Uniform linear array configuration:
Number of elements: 32
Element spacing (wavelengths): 0.75
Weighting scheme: exponential
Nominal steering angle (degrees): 45
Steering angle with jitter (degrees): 46.163
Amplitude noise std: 0.05
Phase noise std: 0.05

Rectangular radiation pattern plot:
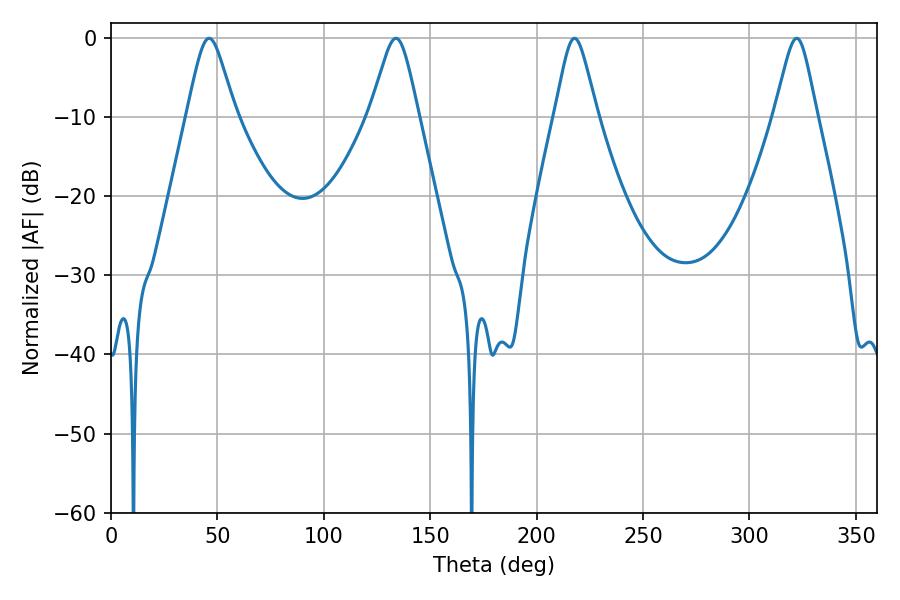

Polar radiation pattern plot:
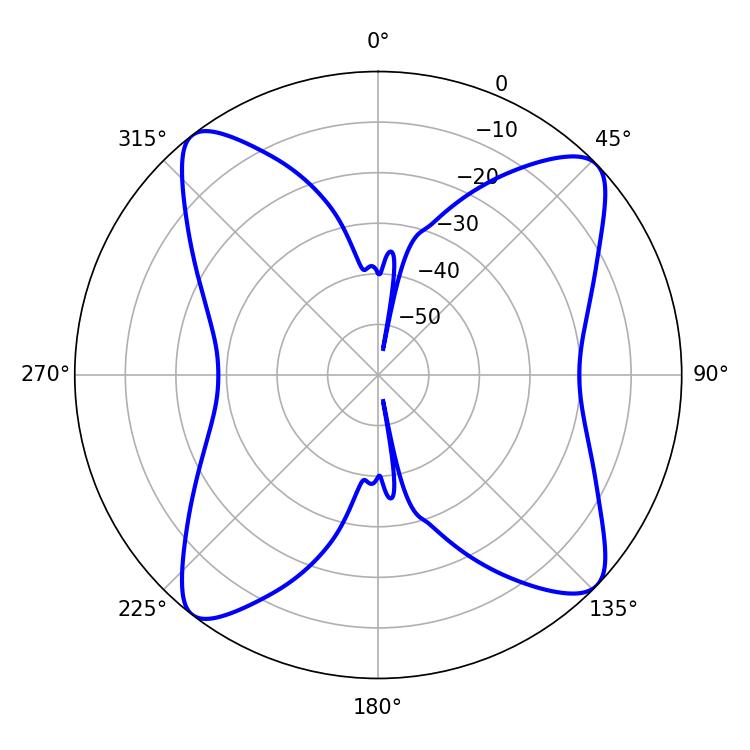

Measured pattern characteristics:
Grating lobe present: TRUE
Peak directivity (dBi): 13.212
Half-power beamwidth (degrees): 9.72
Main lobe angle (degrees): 217.8